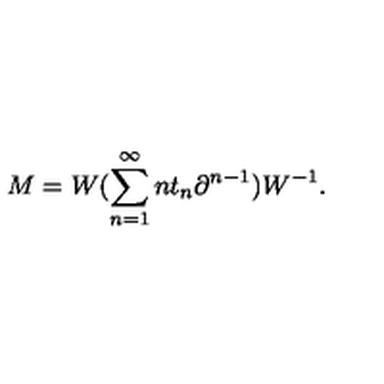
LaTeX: M = W ( \sum _ { n = 1 } ^ { \infty } n t _ { n } \partial ^ { n - 1 } ) W ^ { - 1 } .